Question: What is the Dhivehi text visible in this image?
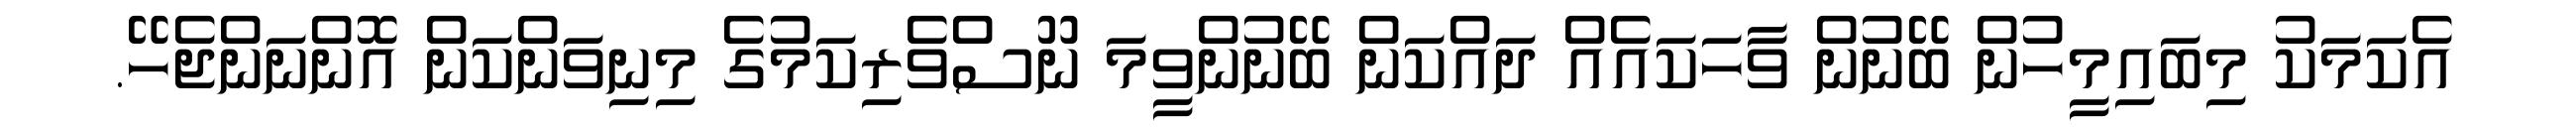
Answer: އެކަމަކު މިބައިމީހުން ބޭނުން ވާހަކައެއް ދައްކަން ބޭނުންވީމަ ނޫސްވެރިކަމުގެ މިނިވަންކަން އޮންނަންޖެހޭ.